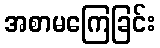
အစာမကြေခြင်း